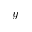
y